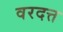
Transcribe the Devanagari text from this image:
वरदत्त